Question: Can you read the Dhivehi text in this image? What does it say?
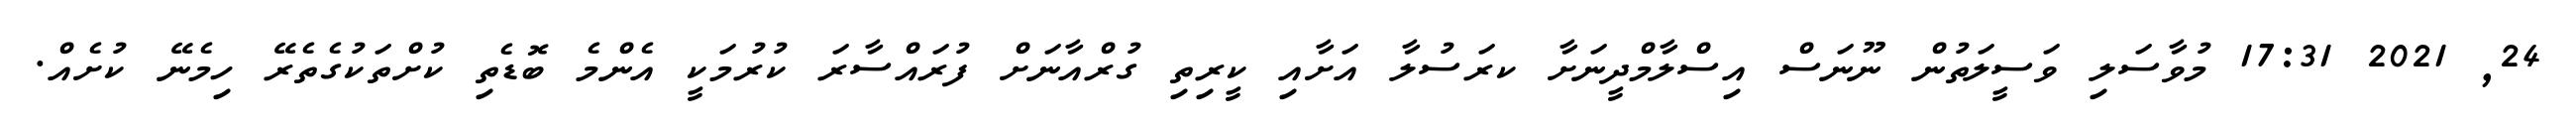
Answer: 24, 2021 17:31 މުވާސަލި ވަސީލަތުން ނޫނަސް އިސްލާމްދީނަށާ ކރަސުލާ އަށާއި ކީރިތި ގުރްއާނަށް ފުރައްސާރަ ކުރުމަކީ އެންމެ ބޮޑެތި ކުށްތަކުގެތެރޭ ހިމެނޭ ކުށެއް.